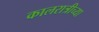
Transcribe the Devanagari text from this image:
कालरात्रीच्या